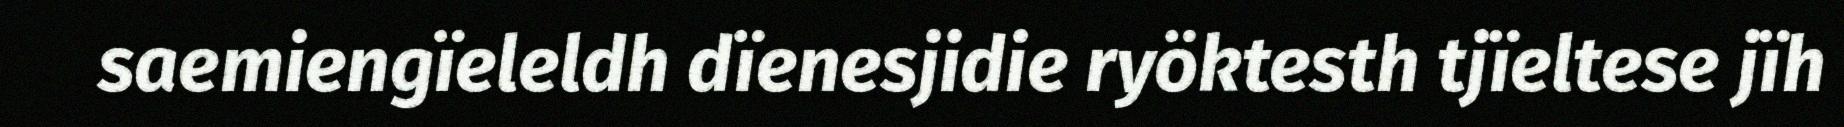
saemiengïeleldh dïenesjidie ryöktesth tjïeltese jïh